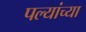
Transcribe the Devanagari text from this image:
पल्यांच्या